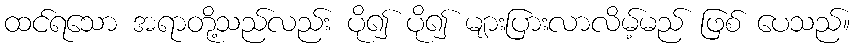
ထင်ရသော အရာတို့သည်လည်း ပို၍ ပို၍ များပြားလာလိမ့်မည် ဖြစ် ပေသည်။